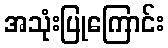
အသုံးပြုကြောင်း